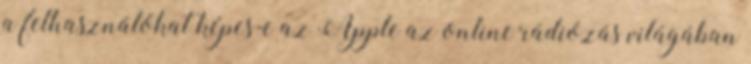
a felhasználókat képes-e az Apple az online rádiózás világában